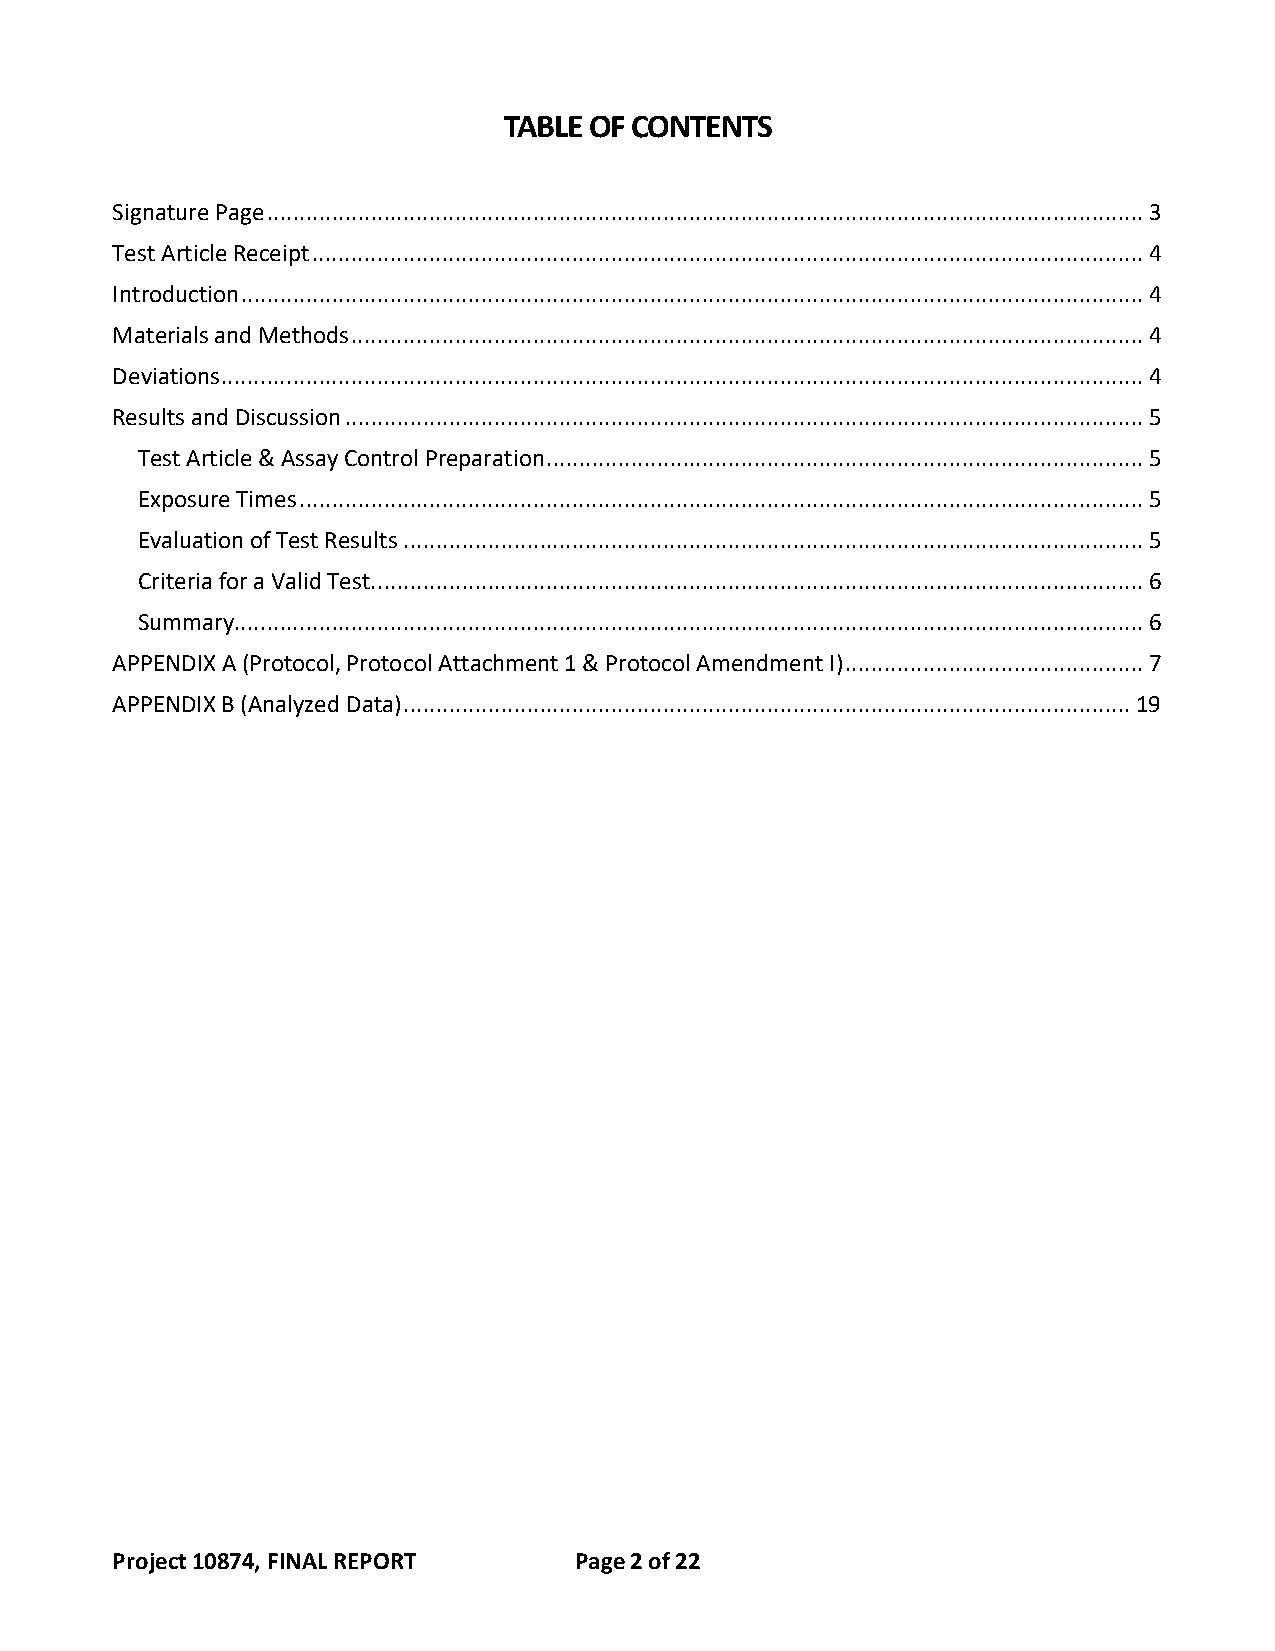
TABLE OF CONTENTS
 Signature Page ....................................................................................................................................... 3
 Test Article Receipt ................................................................................................................................ 4
 Introduction ........................................................................................................................................... 4
 Materials and Methods .......................................................................................................................... 4
 Deviations .............................................................................................................................................. 4
 Results and Discussion ........................................................................................................................... 5
 Test Article & Assay Control Preparation ............................................................................................ 5
 Exposure Times .................................................................................................................................. 5
 Evaluation of Test Results .................................................................................................................. 5
 Criteria for a Valid Test. ...................................................................................................................... 6
 Summary............................................................................................................................................ 6
 APPENDIX A (Protocol, Protocol Attachment 1 & Protocol Amendment I) .............................................. 7
 APPENDIX B (Analyzed Data) ................................................................................................................ 19
 Project 10874, FINAL REPORT    Page 2 of 22